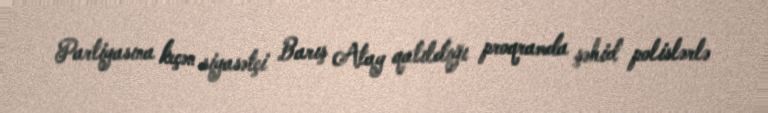
Partiyasına keçən siyasətçi Barış Atay qatıldığı proqramda şəhid polislərlə